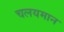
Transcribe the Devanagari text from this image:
चलयमान